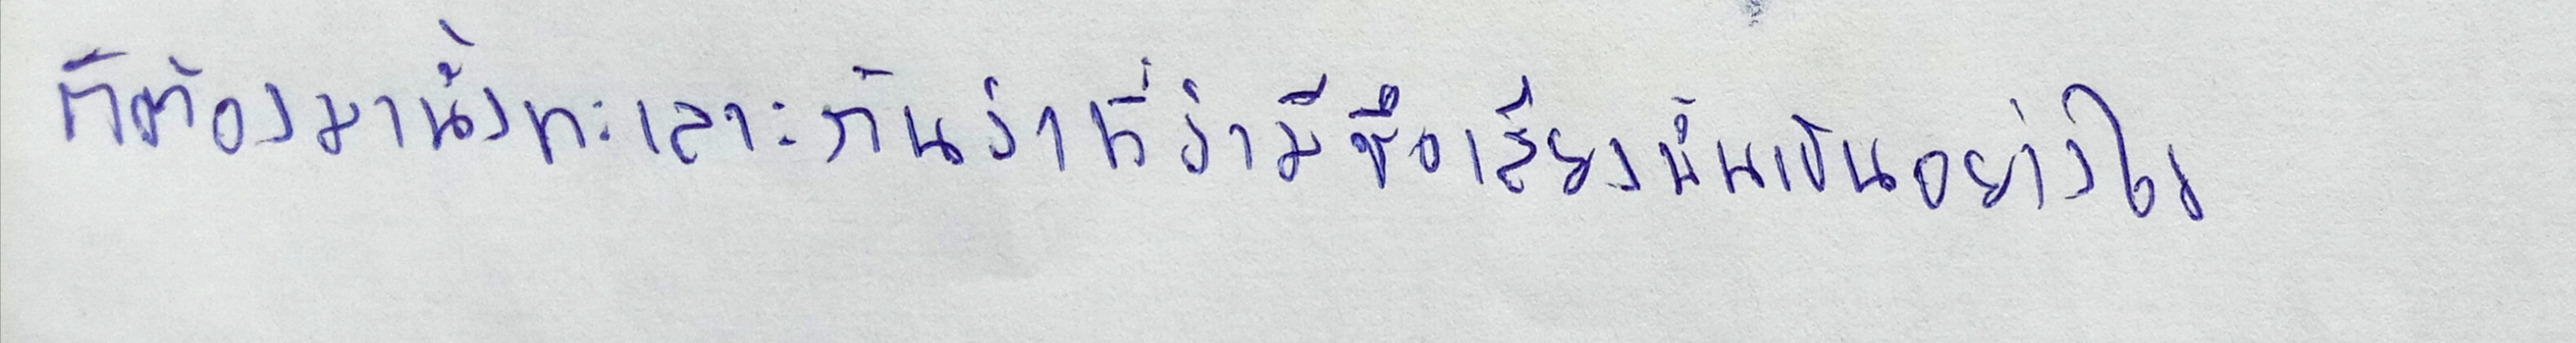
ก็ต้องมานั่งทะเลาะกันว่าที่ว่ามีชื่อเสียงนั้นเป็นอย่างไร